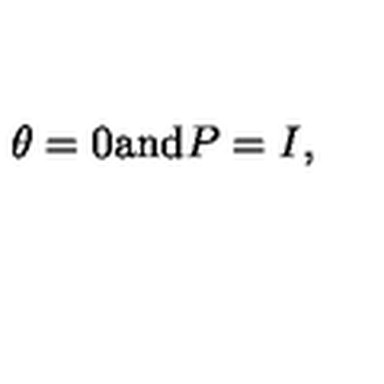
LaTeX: \theta = 0 \mathrm { a n d } P = I , \quad